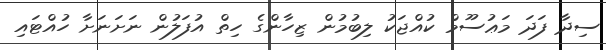
ސިދާ ފަދަ މަޢުސޫމް ކުއްޖަކު ލިބުމުން ޒިހާންގެ ހިތް އުފަލުން ނަށަނަށާ ހުއްޓައި